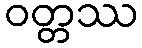
ဝတ္တဿ